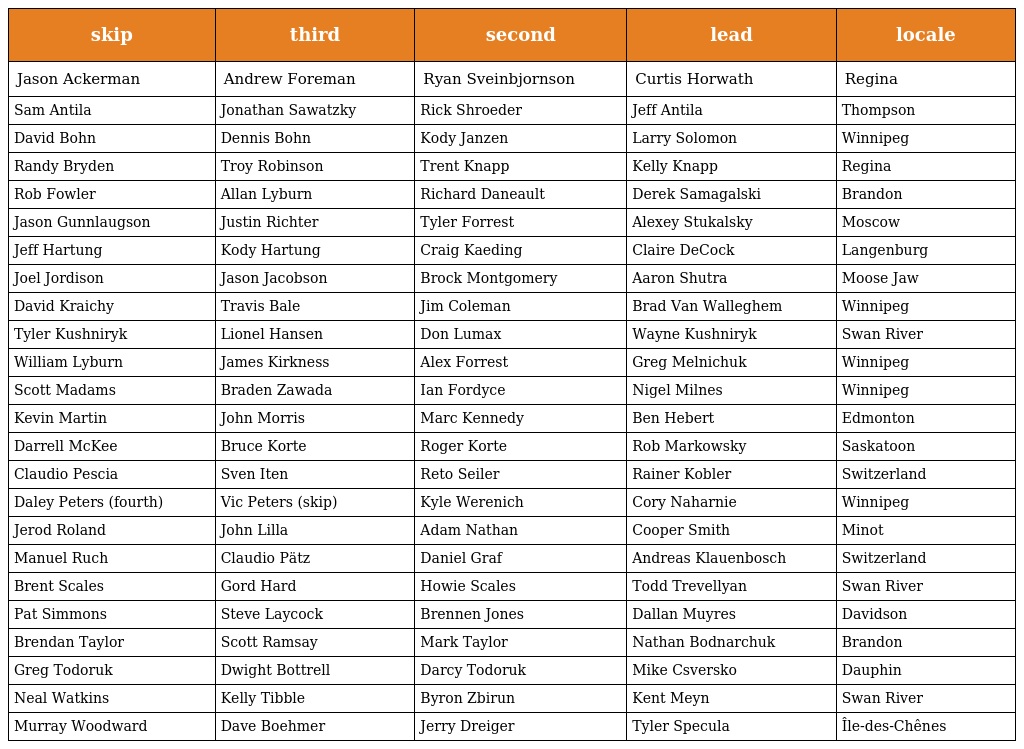
| skip | third | second | lead | locale |
 | --- | --- | --- | --- | --- |
 | Jason Ackerman | Andrew Foreman | Ryan Sveinbjornson | Curtis Horwath | Regina |
 | Sam Antila | Jonathan Sawatzky | Rick Shroeder | Jeff Antila | Thompson |
 | David Bohn | Dennis Bohn | Kody Janzen | Larry Solomon | Winnipeg |
 | Randy Bryden | Troy Robinson | Trent Knapp | Kelly Knapp | Regina |
 | Rob Fowler | Allan Lyburn | Richard Daneault | Derek Samagalski | Brandon |
 | Jason Gunnlaugson | Justin Richter | Tyler Forrest | Alexey Stukalsky | Moscow |
 | Jeff Hartung | Kody Hartung | Craig Kaeding | Claire DeCock | Langenburg |
 | Joel Jordison | Jason Jacobson | Brock Montgomery | Aaron Shutra | Moose Jaw |
 | David Kraichy | Travis Bale | Jim Coleman | Brad Van Walleghem | Winnipeg |
 | Tyler Kushniryk | Lionel Hansen | Don Lumax | Wayne Kushniryk | Swan River |
 | William Lyburn | James Kirkness | Alex Forrest | Greg Melnichuk | Winnipeg |
 | Scott Madams | Braden Zawada | Ian Fordyce | Nigel Milnes | Winnipeg |
 | Kevin Martin | John Morris | Marc Kennedy | Ben Hebert | Edmonton |
 | Darrell McKee | Bruce Korte | Roger Korte | Rob Markowsky | Saskatoon |
 | Claudio Pescia | Sven Iten | Reto Seiler | Rainer Kobler | Switzerland |
 | Daley Peters (fourth) | Vic Peters (skip) | Kyle Werenich | Cory Naharnie | Winnipeg |
 | Jerod Roland | John Lilla | Adam Nathan | Cooper Smith | Minot |
 | Manuel Ruch | Claudio Pätz | Daniel Graf | Andreas Klauenbosch | Switzerland |
 | Brent Scales | Gord Hard | Howie Scales | Todd Trevellyan | Swan River |
 | Pat Simmons | Steve Laycock | Brennen Jones | Dallan Muyres | Davidson |
 | Brendan Taylor | Scott Ramsay | Mark Taylor | Nathan Bodnarchuk | Brandon |
 | Greg Todoruk | Dwight Bottrell | Darcy Todoruk | Mike Csversko | Dauphin |
 | Neal Watkins | Kelly Tibble | Byron Zbirun | Kent Meyn | Swan River |
 | Murray Woodward | Dave Boehmer | Jerry Dreiger | Tyler Specula | Île-des-Chênes |